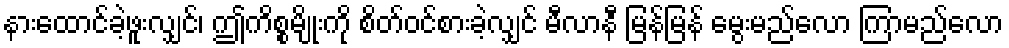
နားထောင်ခဲ့ဖူးလျှင်၊ ဤကိစ္စမျိုးကို စိတ်ဝင်စားခဲ့လျှင် မီလာနီ မြန်မြန် မွေးမည်လော ကြာမည်လော